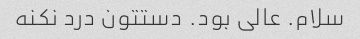
سلام. عالی بود. دستتون درد نکنه